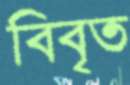
বিবৃত